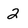
Character: 2